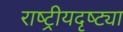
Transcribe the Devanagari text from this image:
राष्‍ट्रीयदृष्ट्या